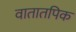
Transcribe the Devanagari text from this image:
वातातपिक